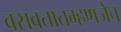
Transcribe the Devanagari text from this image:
बसवतातम्हणजेच